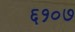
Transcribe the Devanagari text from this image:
६१०७